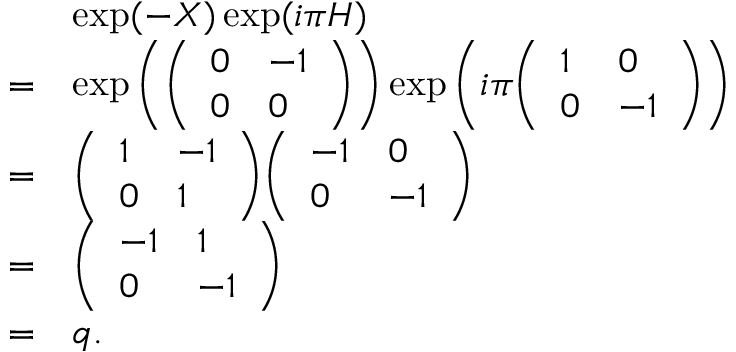
{ \begin{array} { r l } & { \exp ( - X ) \exp ( i \pi H ) } \\ { = } & { \exp \left( { \left( \begin{array} { l l } { 0 } & { - 1 } \\ { 0 } & { 0 } \end{array} \right) } \right) \exp \left( i \pi { \left( \begin{array} { l l } { 1 } & { 0 } \\ { 0 } & { - 1 } \end{array} \right) } \right) } \\ { = } & { { \left( \begin{array} { l l } { 1 } & { - 1 } \\ { 0 } & { 1 } \end{array} \right) } { \left( \begin{array} { l l } { - 1 } & { 0 } \\ { 0 } & { - 1 } \end{array} \right) } } \\ { = } & { { \left( \begin{array} { l l } { - 1 } & { 1 } \\ { 0 } & { - 1 } \end{array} \right) } } \\ { = } & { q . } \end{array} }